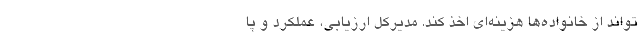
تواند از خانواده‌ها هزینه‌ای اخذ کند. مدیرکل ارزیابی، عملکرد و پا